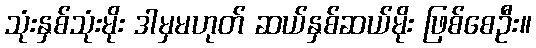
သုံးနှစ်သုံးမိုး ဒါမှမဟုတ် ဆယ်နှစ်ဆယ်မိုး ဖြစ်စေဦး။